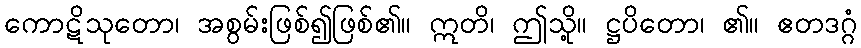
ကောဋိသုတော၊ အစွမ်းဖြစ်၍ဖြစ်၏။ ဣတိ၊ ဤသို့။ ဋ္ဌပိတော၊ ၏။ ဧတဒဂ္ဂံ